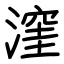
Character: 漥